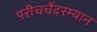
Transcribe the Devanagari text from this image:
परीचर्चेदरम्यान